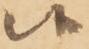
候